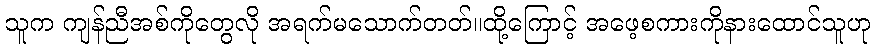
သူက ကျန်ညီအစ်ကိုတွေလို အရက်မသောက်တတ်။ထို့ကြောင့် အဖေ့စကားကိုနားထောင်သူဟု